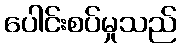
ပေါင်းစပ်မှုသည်